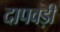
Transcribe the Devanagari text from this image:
दापवड़ी